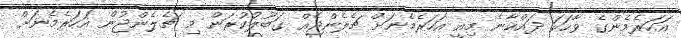
އަހަރެމެންގެ ވާހަކަ ދައްކާނެ މިއީ އަހަރެމެނަށް ޗެލެންޖެއް ގަބޫލުކުރަން މި ޗެލެންޖުން އަހަރެމެނަށް